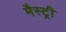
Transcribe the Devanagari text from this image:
मैस्ट्री